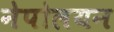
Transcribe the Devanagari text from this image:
नेपोलयन